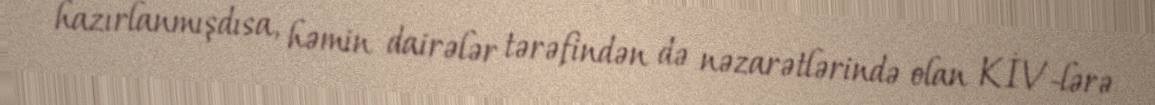
hazırlanmışdısa, həmin dairələr tərəfindən də nəzarətlərində olan KİV-lərə